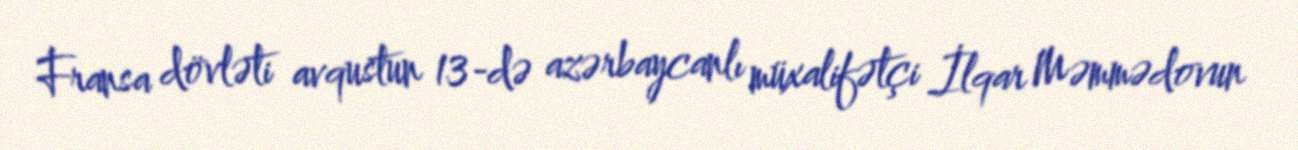
Fransa dövləti avqustun 13-də azərbaycanlı müxalifətçi İlqar Məmmədovun